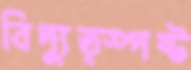
বিদ্যুত্স্পষ্ট